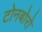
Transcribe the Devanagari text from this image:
टोनबोरो